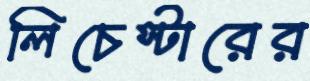
লিচেস্টারের